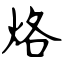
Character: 烙